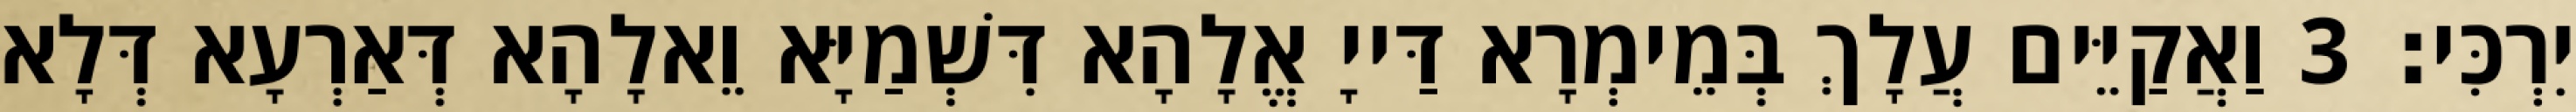
יִרְכִּי׃ 3 וַאֲקַיֵּים עֲלָךְ בְּמֵימְרָא דַּייָ אֱלָהָא דִּשְׁמַיָּא וֵאלָהָא דְּאַרְעָא דְּלָא